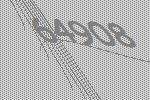
64908